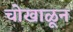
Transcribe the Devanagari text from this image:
चोखाळून